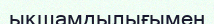
ықшамдылығымен